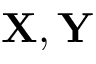
\mathbf { X } , \mathbf { Y }